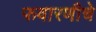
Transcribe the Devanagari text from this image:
फवारणीचे